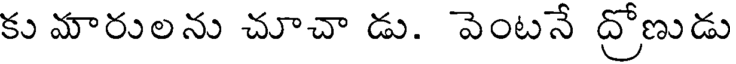
కు మారులను చూచా డు. వెంటనే ద్రోణుడు